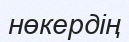
нөкердің